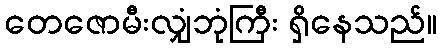
တေဇောမီးလျှံဘုံကြီး ရှိနေသည်။